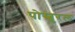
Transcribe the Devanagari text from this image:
पोस्चुरल